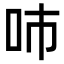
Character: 𠰼